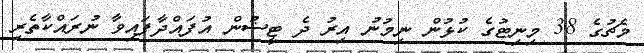
މެޗުގެ 38 މިނިޓުގެ ކުޅުން ނިމުނު އިރު ދެ ޓީޟުން އުފައްދާފައިވާ ނުރައްކާތެރި